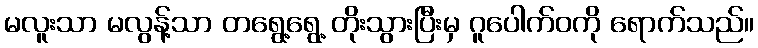
မလူးသာ မလွန့်သာ တရွေ့ရွေ့ တိုးသွားပြီးမှ ဂူပေါက်ဝကို ရောက်သည်။